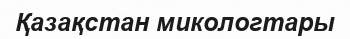
Қазақстан микологтары